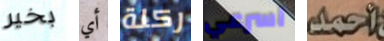
بخير أي ركلة اسرعي أحمد